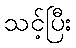
သင့်ပြီး